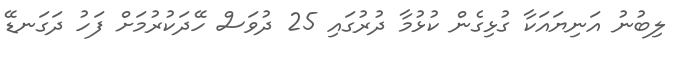
ލިބުނު އަނިޔައަކާ ގުޅިގެން ކުޅުމާ ދުރުގައި 25 ދުވަސް ހޭދަކުރުމަށް ފަހު ދަގަނޑޭ